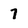
Character: 7